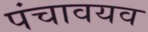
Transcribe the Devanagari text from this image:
पंचावयव